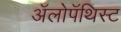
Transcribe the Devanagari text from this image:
अॅलोपॅथिस्ट